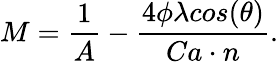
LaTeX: M=\frac{1}{A}-\frac{4\phi\lambda cos(\theta)}{Ca\cdot n}.